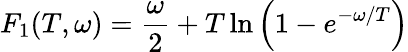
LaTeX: F_{1}(T,\omega)=\frac{\omega}{2}+T\ln\left(1-e^{-\omega/T}\right)